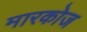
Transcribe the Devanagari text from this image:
मारकोज